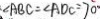
\angle A B C = \angle A D C = 7 0 ^ { \circ }